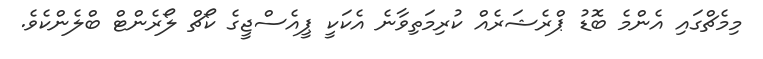
މިމެޗްގައި އެންމެ ބޮޑު ޕްރެޝަރެއް ކުރިމަތިވާނެ އެކަކީ ޕީއެސްޖީގެ ކޯޗް ލޯރެންޓް ބްލެންކެވެ.